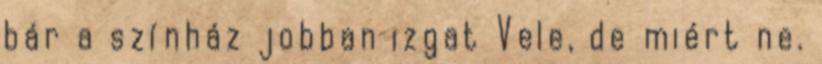
bár a színház jobban izgat Vele, de miért ne.